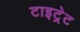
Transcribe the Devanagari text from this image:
टाइट्रेट